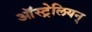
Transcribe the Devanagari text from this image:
ऑस्ट्रेलियन्